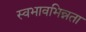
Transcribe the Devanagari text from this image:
स्वभावभिन्नता